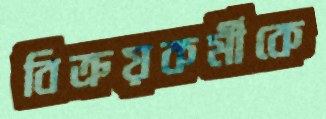
বিক্রয়কর্মীকে